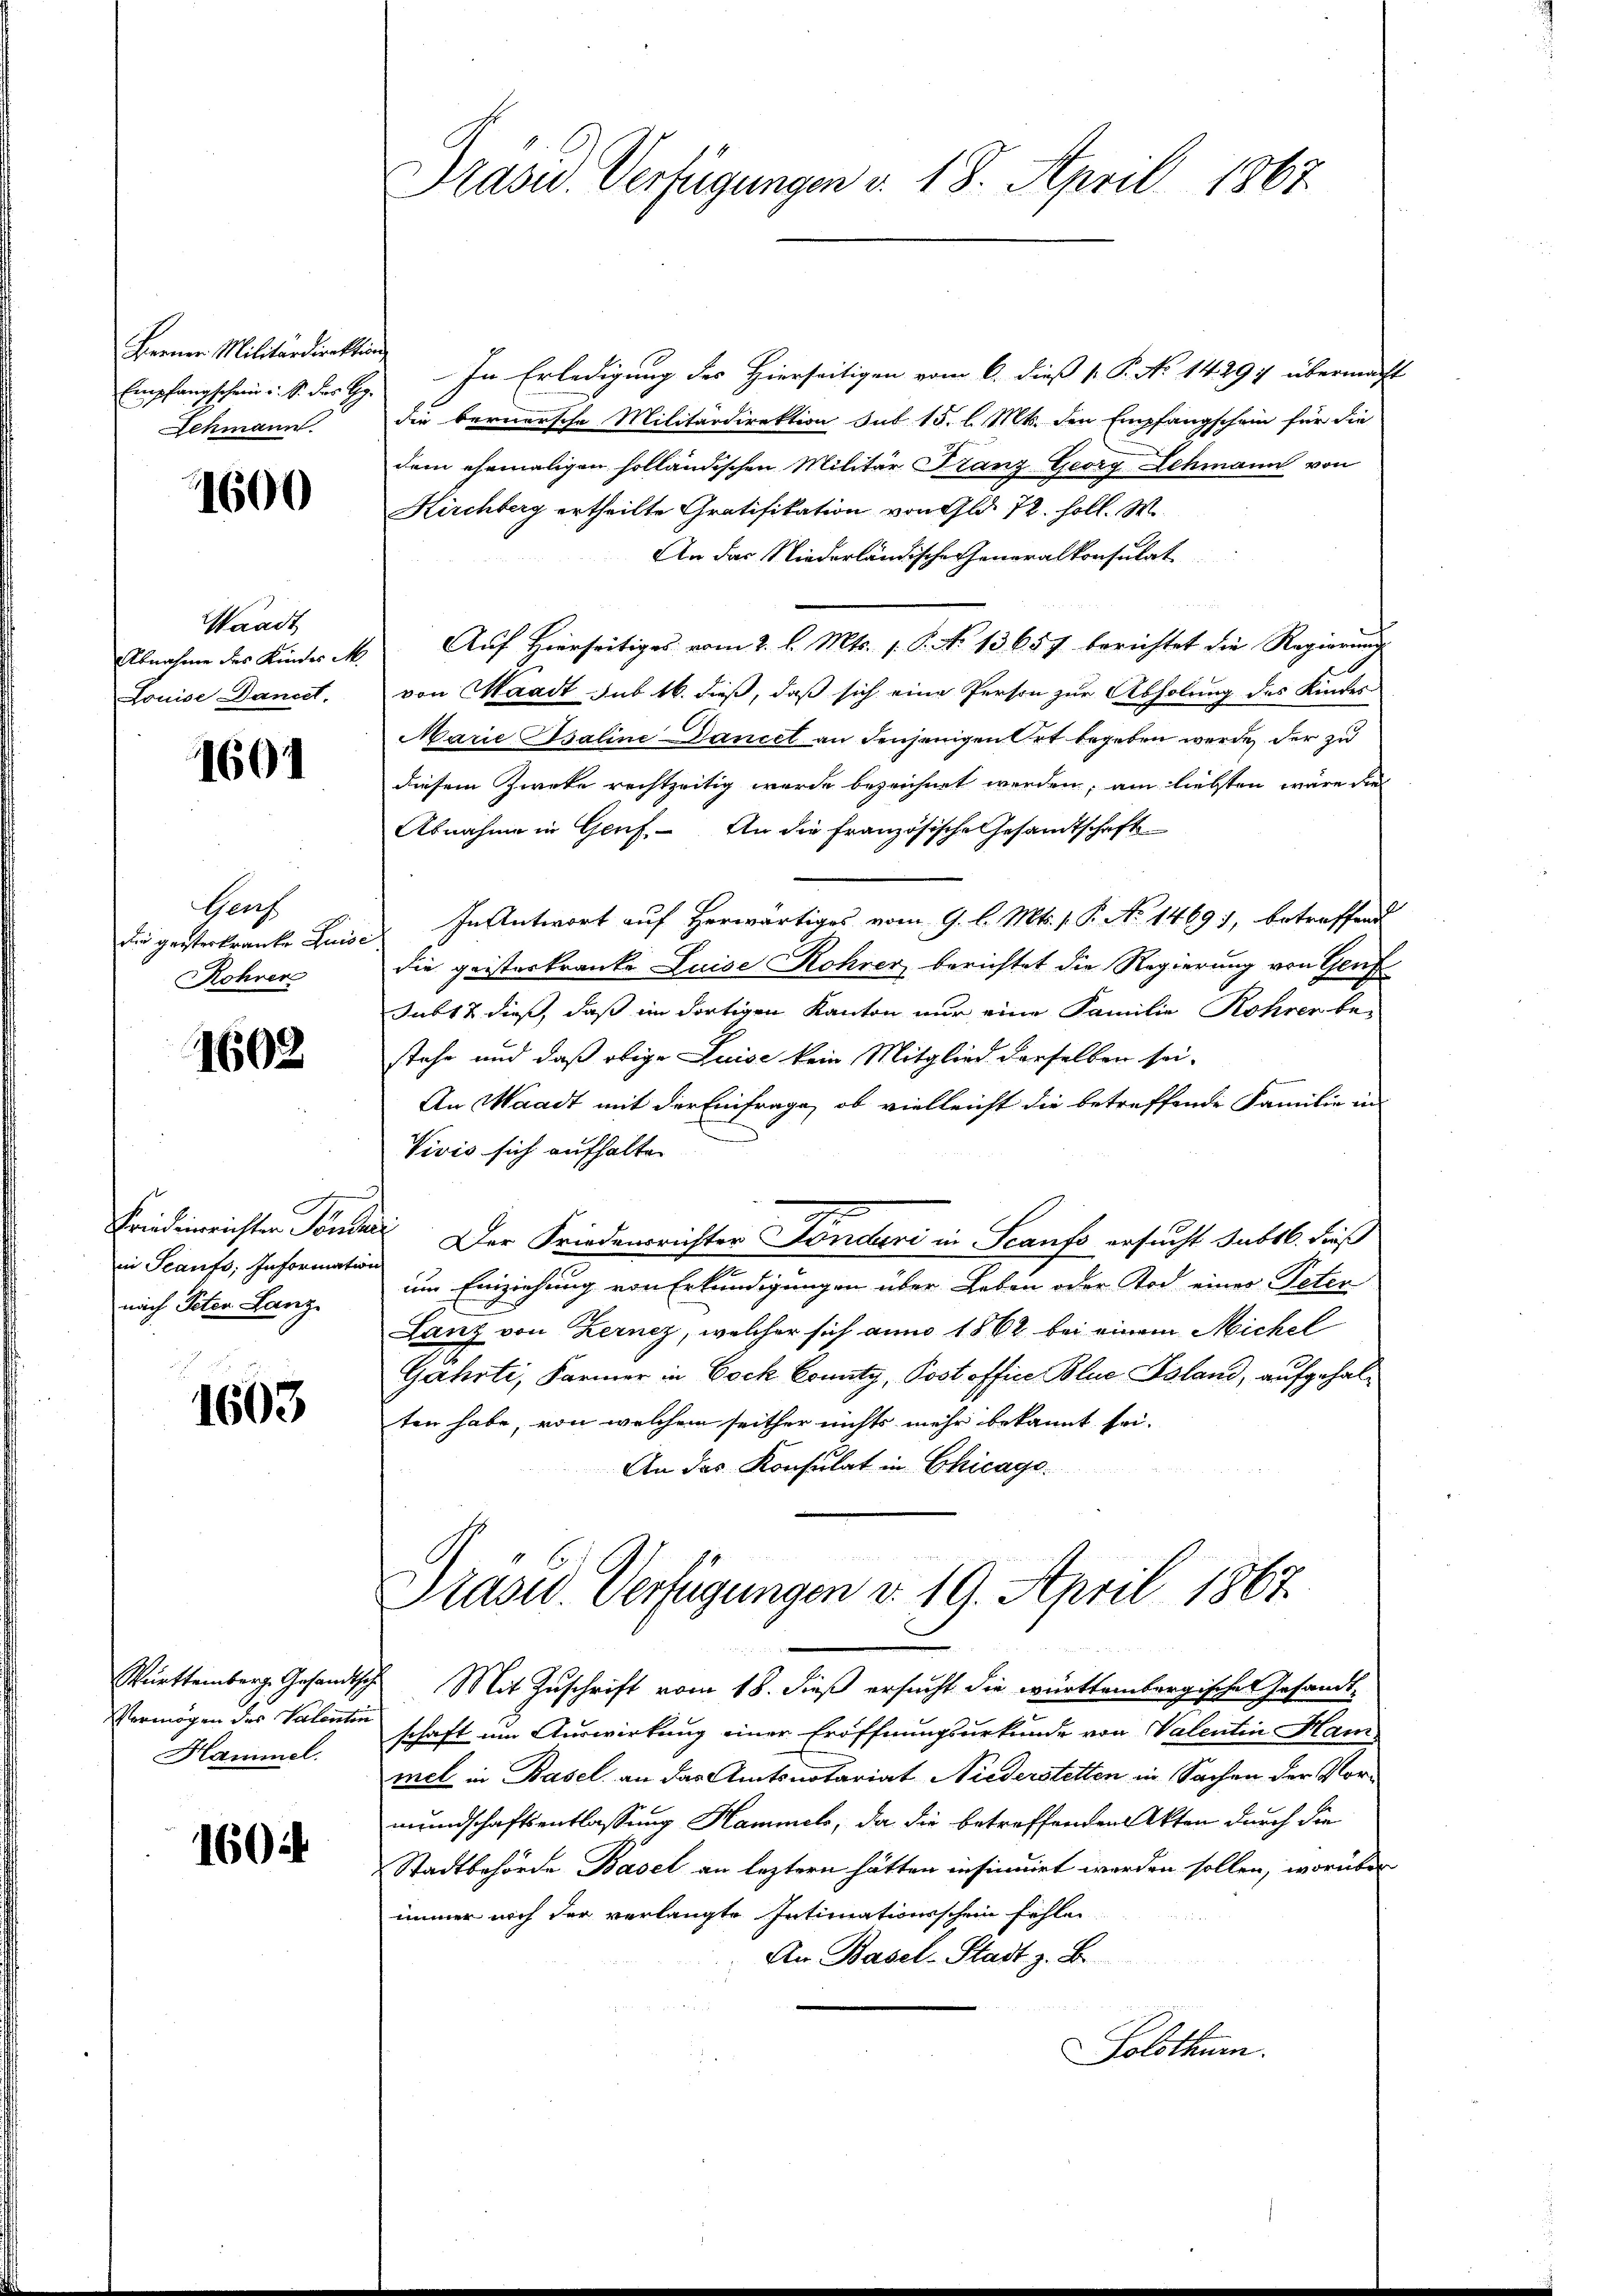
Berner Militardirektio
Empfangschein u. S. der Hy
Lehmann

1600

Waadt
Abnahme des Kindes M
Louise Dancel.

1601

Ganz
Die geisterkranke Luis¬
Röhrer

1602

Fried einrichten Töndia
in Scants; Information
nach Peten Lanz

1603

Württemberg. Gesandtsch
Vermögen des Valentin
Hammel.

1604

Präsid. Verfügungen v. 18. April 1867.

In Erledigung des Hierseitigen vom 6. dieß [ P. No 1429) übermacht
die bernersche Militärdirektion sub 15. l. Mts. den Empfangschein für die
dem ehemaligen holländischen Militär Stanz Georg Lehmann von
Kirchberg ertheilte Gratifikation von Gld. 72. soll. M.
An das Niederländische Generalkonsulat
Auf Hierseitiges vom 2. l. Mts. s. S. No 13657 berichtet die Regierung
von Waadt sub 16. dieß, daß sich eine Person zur Abholung des Kindes
Marie saline Daniel an denjenigen Ort begeben werde, der zu
diesem Zweke rechtzeitig wurde bezeichnet werden, am liebsten wäre dies
Abnahme in Genf. An die französische Gesandtschaft
In Antwort auf Herwärtiges vom 9. l. Mts. 1. P. No 1469), betreffend
i
die geisterkranke Luise Rohrer berichtet die Regierung von Genf
Jub12 dieß, daß im dortigen Kanton nur eine Familie Rohrer be-
stehe und daß obige Luise kein Mitglied derselben sei.
An Waadt mit der Einfrage, ob vielleicht die betreffende Familie in
Vivis sich aufhalten
 Der Friedensrichter Fonderi in Scaufs ersucht sub 6. dieß
um Einziehung von Erkundigungen über Leben oder Tod einer Peten
Lanz von Kernez, welcher sich anno 1862 bei einem Michel
Gahrti, Farmer in Bock Comitz, Post office Blue Island, aufgehalten habe, von welchem seither nichts mehr bekannt sei.
An das Konsulat in Chicago
Präsid. Verfügungen d. 10. April 1867
Mit Zuschrift vom 18. dieß ersucht die württembergische Gesandtschaft um Auswirkung einer Eröffnungsurkunde von Valentin Hammel in Basel an das Amtsnotariat Niederstetten in Sachen der Vormeindschaftsentlassung Hammels, da die betreffenden Akten durch die
Stadtbehörde Basel an leztern hätten insinuirt werden sollen, worüber
immer noch der verlangte Intimationsschein fehlen,
An Basel-Stadt z. B.
Solsthum.